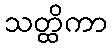
သတ္ထိကာ